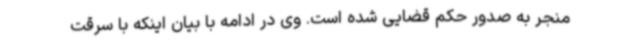
منجر به صدور حکم قضایی شده است. وی در ادامه با بیان اینکه با سرقت